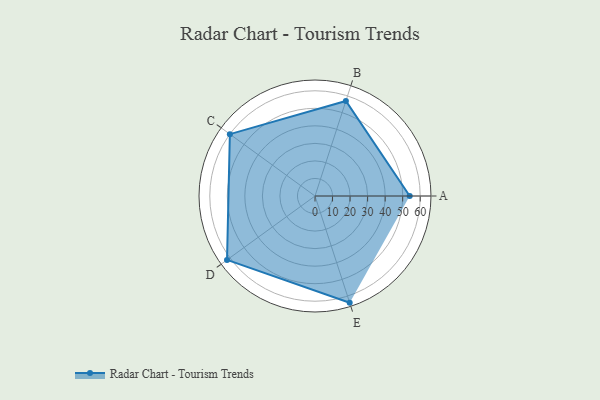
{"axis": {"x": "Skill", "y": "Score"}, "legend": ["Profile"], "data": [{"x": "A", "y": 54.0, "type": "Profile"}, {"x": "B", "y": 57.0, "type": "Profile"}, {"x": "C", "y": 60.0, "type": "Profile"}, {"x": "D", "y": 62.0, "type": "Profile"}, {"x": "E", "y": 64.0, "type": "Profile"}]}